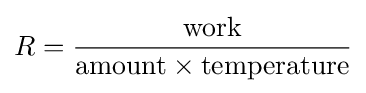
R={\frac {\text{work}}{{\text{amount}}\times {\text{temperature}}}}